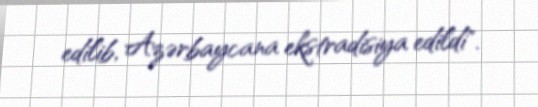
edilib, Azərbaycana ekstradisiya edildi".